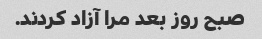
صبح روز بعد مرا آزاد کردند.